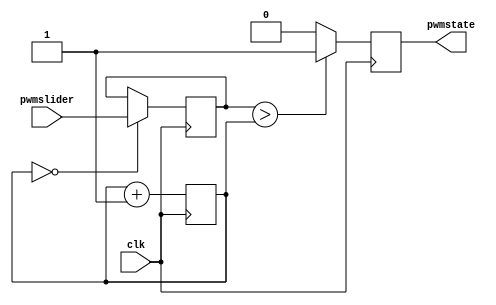
`timescale 1ns / 1ps
//////////////////////////////////////////////////////////////////////////////////
// Company: 
// Engineer: 
// 
// Design Name: 
// Module Name: PWM
// Project Name: 
// Target Devices: 
// Tool Versions: 
// Description: 
// 
// Dependencies: 
// 
// Revision:
// Revision 0.01 - File Created
// Additional Comments:
// 
//////////////////////////////////////////////////////////////////////////////////


module PWM(
    input clk,
    input [7:0] pwmslider, //Input switches
    output reg pwmstate //Output state (turn lights on or off)
    );
    
    reg [7:0] pwmNew=0; //If this reaches limit, change state
    reg [7:0] pwmLimit=0; //Set limit.
    //Ie. the higher we set limit, the longer it takes between state changes
    //Ie. Blink slower
    always @(posedge clk)
    begin
        if (pwmLimit==0)
            pwmNew <= pwmslider;
        pwmLimit <= pwmLimit + 1'b1;
        if (pwmNew > pwmLimit)
            pwmstate <= 1;
        else
            pwmstate <= 0;
    end
    
endmodule